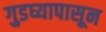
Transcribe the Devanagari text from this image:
गुडघ्यापासून